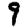
Digit: 9